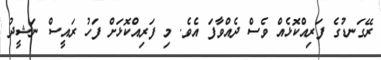
ރޭގަނޑުގެ ފަރިއްކޮޅެއް ވެސް ދެއްވާފަ އެވެ. މި ފަރިއްކޮޅަށް ފަހު ރައީސް ނަޝީދު